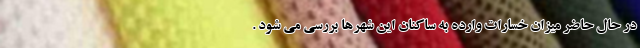
در حال حاضر میزان خسارات وارده به ساکنان این شهرها بررسی می شود .